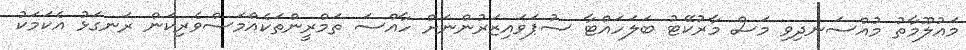
މައުލޫމާތު މުއްސަނދިވި މަސް މާރުކޭޓު ބަލަހައްޓާ ސުޕަވައިޒަރުންނަށް ހާއްސަ ތަމްރީންތަކެއްމަސްވެރިކަން ރަނގަޅު އެކަމަކު